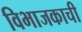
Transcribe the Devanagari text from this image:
विभाजकाची